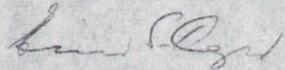
Eino S. Repo